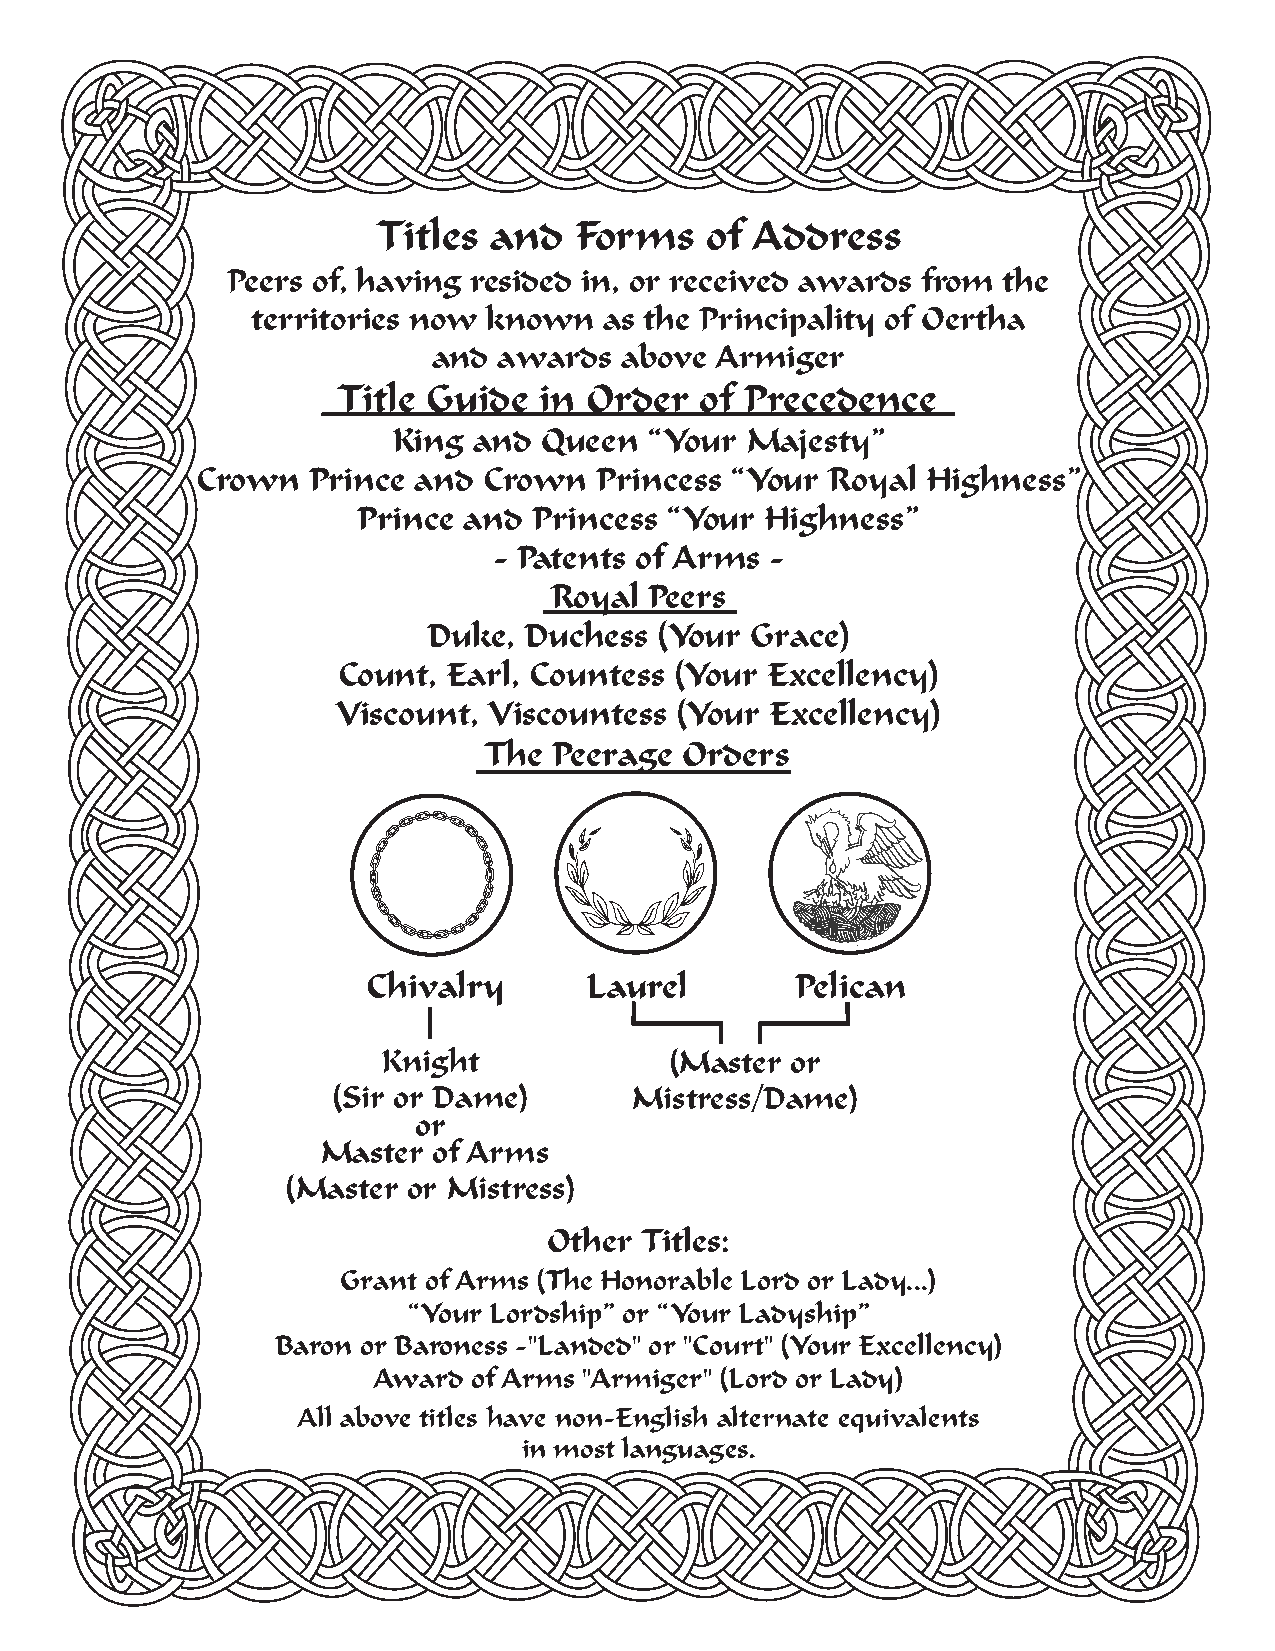
Titles and   Forms    of Address
 Peers of, having resided in, or received awards from the
 territories now known  as the Principality of Oertha
 and awards  above Armiger
 Title Guide   in Order  of Precedence
 King and  Queen  “Your Majesty”
 Crown  Prince  and Crown  Princess “Your  Royal Highness”
 Prince and Princess “Your  Highness”
 - Patents of Arms -
 Royal  Peers
 Duke,  Duchess  (Your Grace)
 Count,  Earl, Countess (Your Excellency)
 Viscount, Viscountess  (Your Excellency)
 The  Peerage Orders
 Chivalry       Laurel        Pelican
 Knight             (Master or
 (Sir or Dame)       Mistress/Dame)
 or
 Master  of Arms
 (Master or Mistress)
 Other Titles:
 Grant of Arms (The Honorable Lord or Lady...)
 “Your Lordship” or “Your Ladyship”
 Baron or Baroness -"Landed" or "Court" (Your Excellency)
 Award of Arms "Armiger" (Lord or Lady)
 All above titles have non-English alternate equivalents
 in most languages.